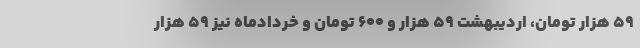
۵۹ هزار تومان، اردیبهشت ۵۹ هزار و ۶۰۰ تومان و خردادماه نیز ۵۹ هزار